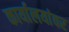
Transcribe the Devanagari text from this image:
कार्यालयांवर